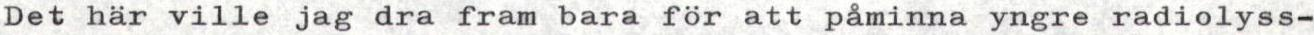
Det här ville jag dra fram bara för att påminna yngre radiolyss-